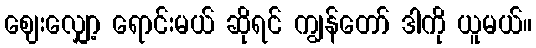
ဈေးလျှော့ ရောင်းမယ် ဆိုရင် ကျွန်တော် ဒါကို ယူမယ်။